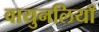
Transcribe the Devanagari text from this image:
वायुनलियाँ